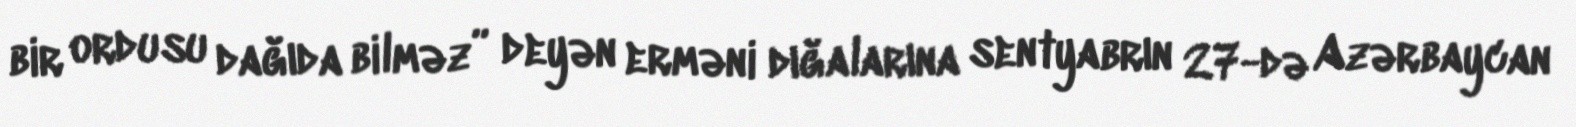
bir ordusu dağıda bilməz” deyən erməni dığalarına sentyabrın 27-də Azərbaycan